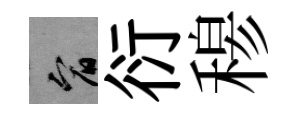
宥衍𥠇